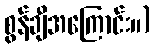
စွန်ချီအကြောင်း။)